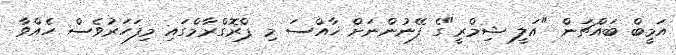
އަމީބް ބައްޗަން "އަލީ ޝިމްރީ"ގެ ފޭނުންނަށް ޚާއްސަ މި ޕްރޮގްރާމްގައި މިފަހަރުވެސް ހެއްވާ